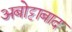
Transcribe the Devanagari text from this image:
अबोट्टाबाद